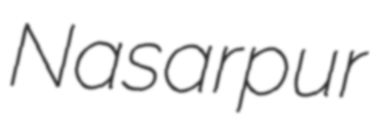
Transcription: Nasarpur